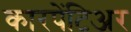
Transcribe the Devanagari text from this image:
कारपेंटिअर